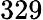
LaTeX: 329